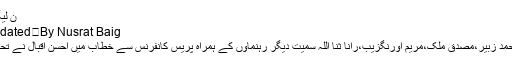
ن لیگی رہنماوں کی پریس کانفرنس
By Nusrat Baig	 Last updated دسمبر 25, 2018
اسلام آباد میں مشاہد اللہ خان، محمد زبیر،مصدق ملک،مریم اورنگزیب،رانا ثنا اللہ سمیت دیگر رہنماؤں کے ہمراہ پریس کانفرنس سے خطاب میں احسن اقبال نے تحریک انصاف کو ہدف تنقید بنایا۔